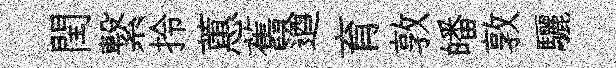
閏繋拎蕙舊遒育敦皤敦驪